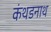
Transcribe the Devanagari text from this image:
कंथडनाथ